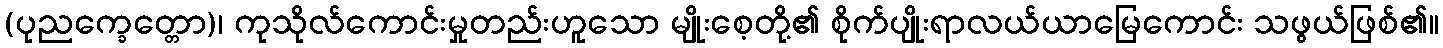
(ပုညက္ခေတ္တော)၊ ကုသိုလ်ကောင်းမှုတည်းဟူသော မျိုးစေ့တို့၏ စိုက်ပျိုးရာလယ်ယာမြေကောင်း သဖွယ်ဖြစ်၏။